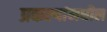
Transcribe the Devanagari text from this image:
प्रकल्पांमधील